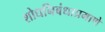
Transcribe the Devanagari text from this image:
शोधनिबंधाप्रमाणे